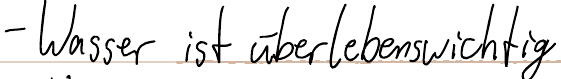
- Wasser ist überlebenswichtig